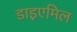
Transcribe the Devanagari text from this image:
डाइएमिल